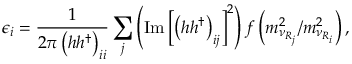
\epsilon _ { i } = \frac { 1 } { 2 \pi \left( h h ^ { \dagger } \right) _ { i i } } \sum _ { j } \left( \mathrm { I m } \left[ \left( h h ^ { \dagger } \right) _ { i j } \right] ^ { 2 } \right) f \left( m _ { \nu _ { R _ { j } } } ^ { 2 } / m _ { \nu _ { R _ { i } } } ^ { 2 } \right) ,